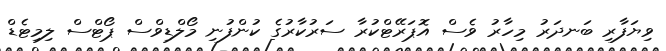
ވިޔަފާރި ބަނދަރު މިހާރު ވެސް އޮޕަރޭޓްކުރާ ސަރުކާރުގެ ކުންފުނި މޯލްޑިވްސް ޕޯޓްސް ލިމިޓެޑް